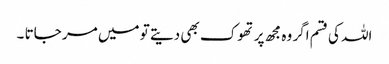
اللہ کی قسم اگر وہ مجھ پر تھوک بھی دیتے تو میں مر جاتا ۔